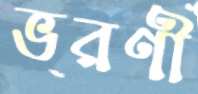
ভরণী